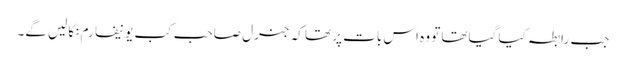
جب رابطہ کیا گیاتھا تو وہ اس بات پر تھا کہ جنرل صاحب کب یونیفارم نکالیں گے۔